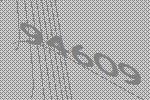
94609